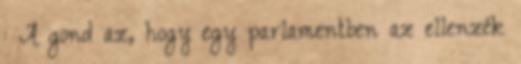
: A gond az, hogy egy parlamentben az ellenzék